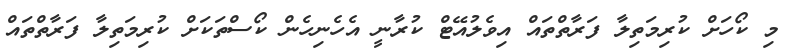
މި ކޯހަށް ކުރިމަތިލާ ފަރާތްތައް އިވެލުއޭޓް ކުރާނީ އެހެނިހެން ކޯސްތަކަށް ކުރިމަތިލާ ފަރާތްތައް